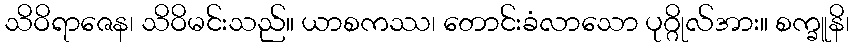
သိဝိရာဇေန၊ သိဝိမင်းသည်။ ယာစကဿ၊ တောင်းခံလာသော ပုဂ္ဂိုလ်အား။ စက္ခူနိ၊